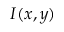
I ( x , y )